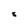
Character: 8